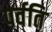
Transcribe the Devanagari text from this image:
पर्वति